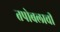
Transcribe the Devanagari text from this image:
तपोबलाची